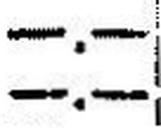
—.—